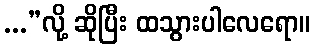
...”လို့ ဆိုပြီး ထသွားပါလေရော။